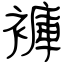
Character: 褲